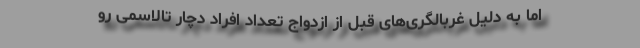
اما به دلیل غربالگری‌های قبل از ازدواج تعداد افراد دچار تالاسمی رو